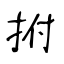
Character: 拊